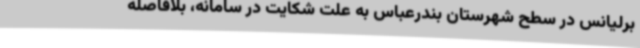
برلیانس در سطح شهرستان بندرعباس به علت شکایت در سامانه، بلافاصله